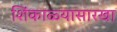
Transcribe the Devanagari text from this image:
शिंकाळ्यासारखा